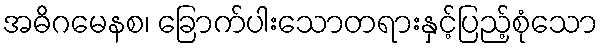
အဓိဂမေနစ၊ ခြောက်ပါးသောတရားနှင့်ပြည့်စုံသော